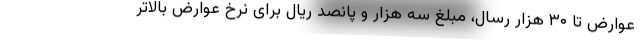
عوارض تا ۳۰ هزار رسال، مبلغ سه هزار و پانصد ریال برای نرخ عوارض بالاتر